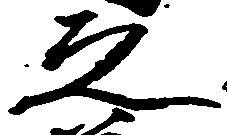
之